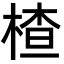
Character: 楂